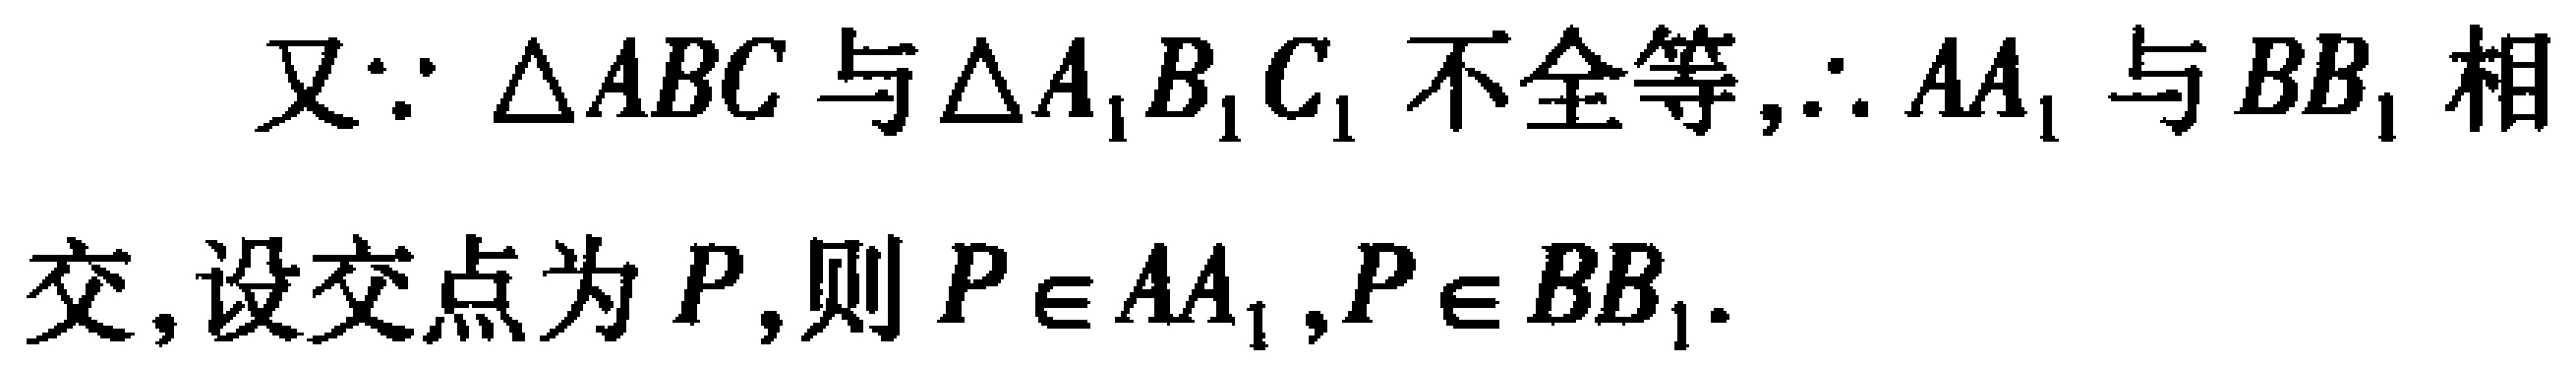
又\(\because \triangle ABC\)与\(\triangle A_{1}B_{1}C_{1}\)不全等,\(\therefore AA_{1}\)与\(BB_{1}\)相交,设交点为\(P\),则\(P\in AA_{1},P\in BB_{1}\).